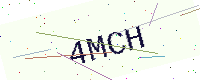
Text: 4MCH